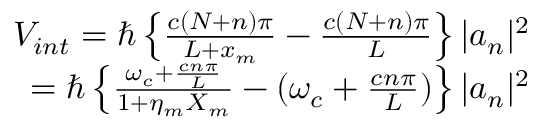
\begin{array} { r l r } & { } & { V _ { i n t } = \hbar \left\{ \frac { c ( N + n ) \pi } { L + x _ { m } } - \frac { c ( N + n ) \pi } { L } \right\} | a _ { n } | ^ { 2 } } \\ & { } & { = \hbar \left\{ \frac { \omega _ { c } + \frac { c n \pi } { L } } { 1 + \eta _ { m } X _ { m } } - ( \omega _ { c } + \frac { c n \pi } { L } ) \right\} | a _ { n } | ^ { 2 } } \end{array}